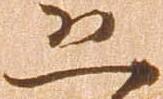
恐